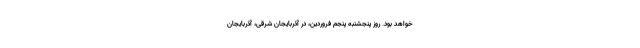
خواهد بود. روز پنجشنبه پنجم فروردین، در آذربایجان شرقی، آذربایجان